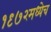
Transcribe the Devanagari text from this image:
१९७२मध्येच